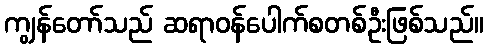
ကျွန်တော်သည် ဆရာဝန်ပေါက်စတစ်ဦးဖြစ်သည်။